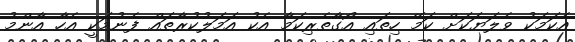
އެކަމަކު ވެލަޔަކަށް ކަމޭ ހިތައި އޯގާތެރިކަމާ އެކު އަމަލުކުރާތައް ފެނުމަކީ އެހާ އާންމު